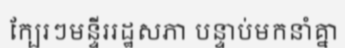
ក្បែរៗមន្ទីររដ្ឋសភា បន្ទាប់មកនាំគ្នា